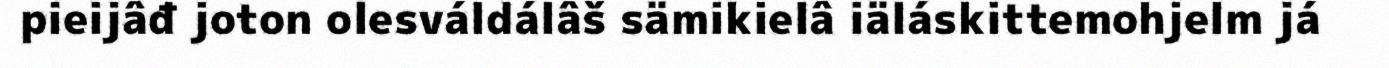
pieijâđ joton olesváldálâš sämikielâ iäláskittemohjelm já